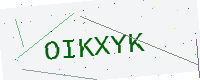
Text: OIKXYK